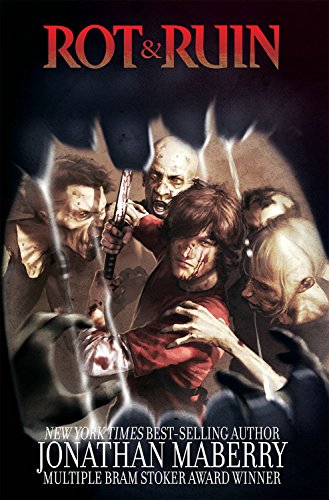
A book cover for Rot & Ruin: Warrior Smart; Jonathan Maberry; Comics & Graphic Novels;